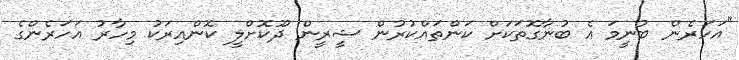
"އަހަރެން ބުނީމަ އެ ބުނާގޮތަކަށް ކަންތައްކުރުން ޝީރީން ދޫކޮށްލީ ކޮންއިރަކު މިހާރު އަހަރެންގެ